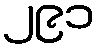
၂၉၁